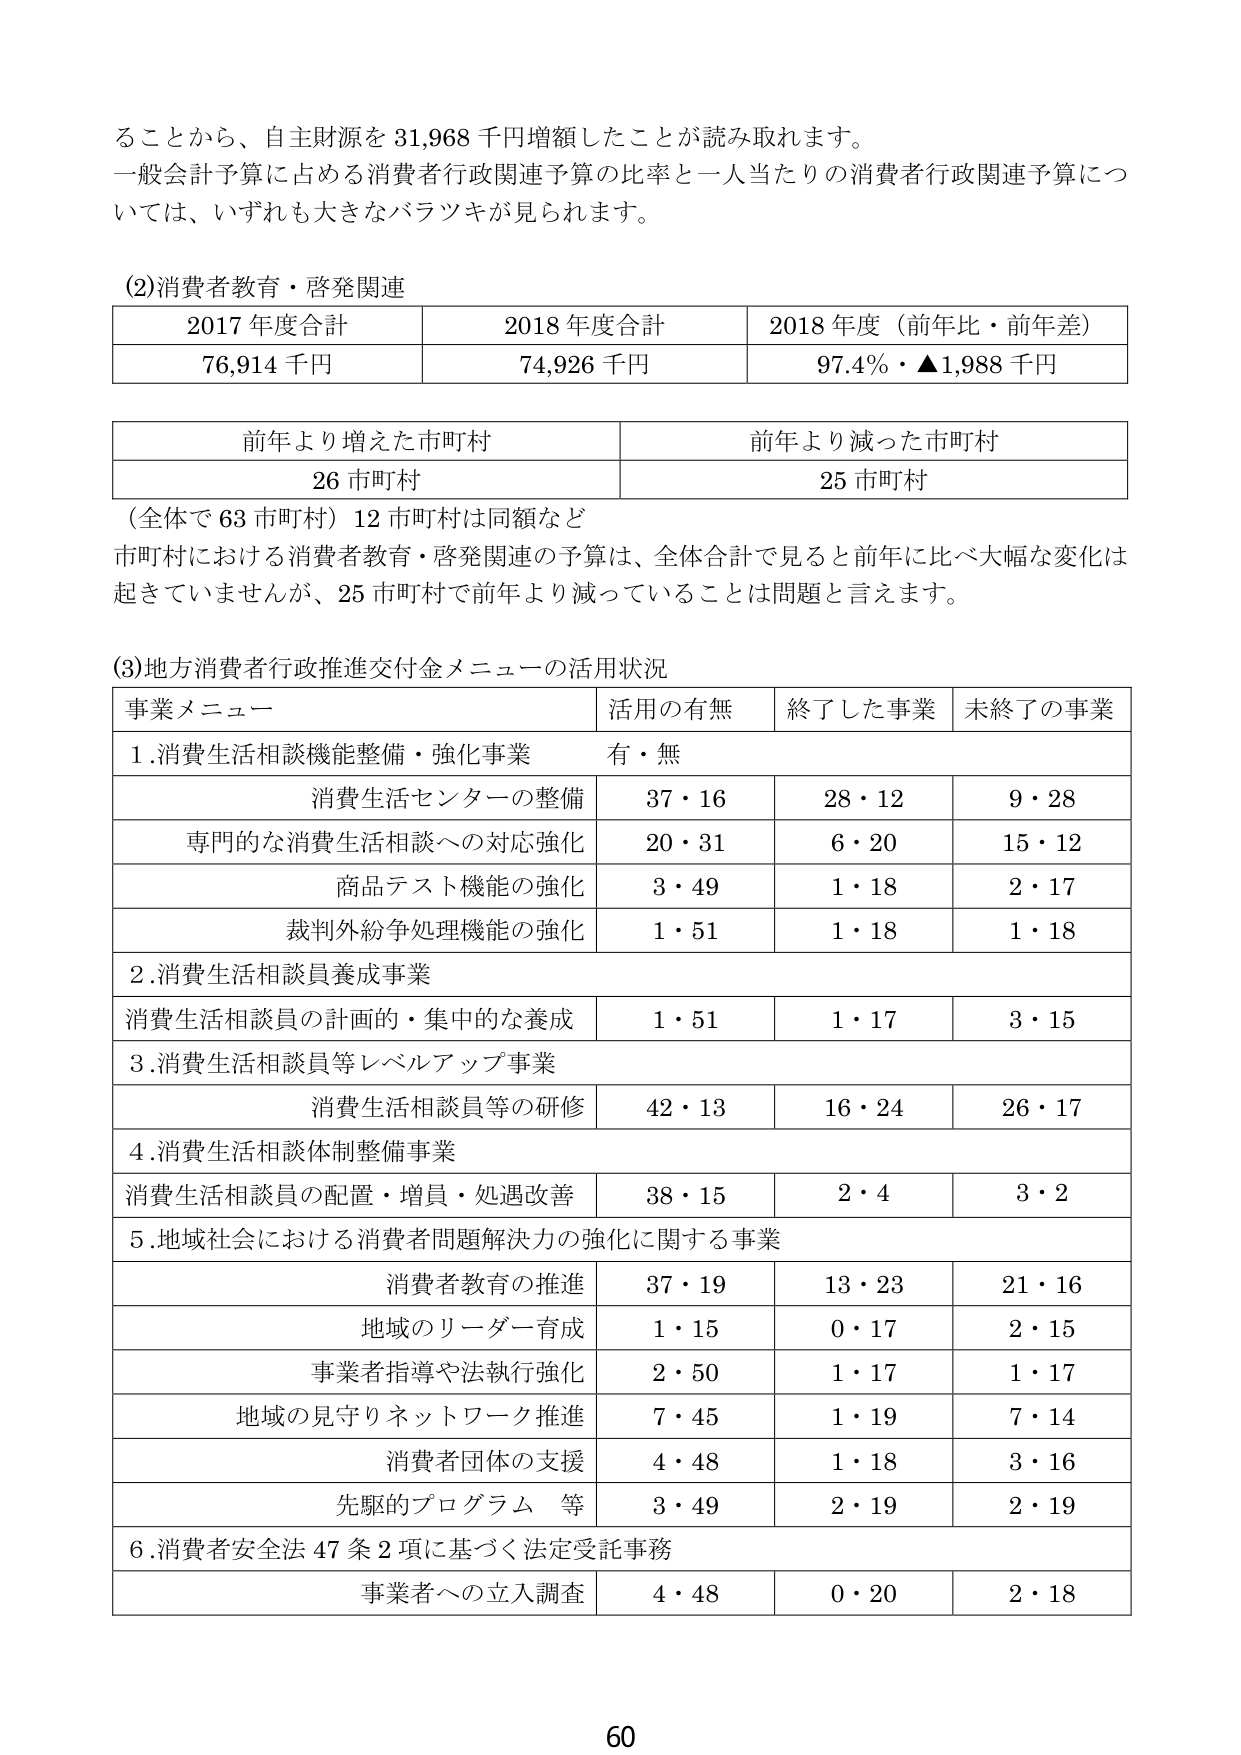
ることから、自主財源を 31,968 千円増額したことが読み取れます。
一般会計予算に占める消費者行政関連予算の比率と一人当たりの消費者行政関連予算については、いずれも大きなバラツキが見られます。

(2)消費者教育・啓発関連
2017 年度合計	2018 年度合計	2018 年度（前年比・前年差）
76,914 千円	74,926 千円	97.4%・▲1,988 千円

前年より増えた市町村	前年より減った市町村
26 市町村	25 市町村
（全体で 63 市町村）12 市町村は同額など
市町村における消費者教育・啓発関連の予算は、全体合計で見ると前年に比べ大幅な変化は起きていませんが、25 市町村で前年より減っていることは問題と言えます。

(3)地方消費者行政推進交付金メニューの活用状況
事業メニュー	活用の有無	終了した事業	未終了の事業
1.消費生活相談機能整備・強化事業	有・無
消費生活センターの整備	37・16	28・12	9・28
専門的な消費生活相談への対応強化	20・31	6・20	15・12
商品テスト機能の強化	3・49	1・18	2・17
裁判外紛争処理機能の強化	1・51	1・18	1・18
2.消費生活相談員養成事業
消費生活相談員の計画的・集中的な養成	1・51	1・17	3・15
3.消費生活相談員等レベルアップ事業
消費生活相談員等の研修	42・13	16・24	26・17
4.消費生活相談体制整備事業
消費生活相談員の配置・増員・処遇改善	38・15	2・4	3・2
5.地域社会における消費者問題解決力の強化に関する事業
消費者教育の推進	37・19	13・23	21・16
地域のリーダー育成	1・15	0・17	2・15
事業者指導や法執行強化	2・50	1・17	1・17
地域の見守りネットワーク推進	7・45	1・19	7・14
消費者団体の支援	4・48	1・18	3・16
先駆的プログラム 等	3・49	2・19	2・19
6.消費者安全法 47 条 2 項に基づく法定受託事務
事業者への立入調査	4・48	0・20	2・18

60